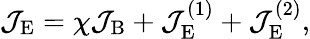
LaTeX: \mathcal{J}_{\mathrm{E}}=\chi\mathcal{J}_{\mathrm{B}}+\mathcal{J}_{\mathrm{E}}^{(1)}+\mathcal{J}_{\mathrm{E}}^{(2)},